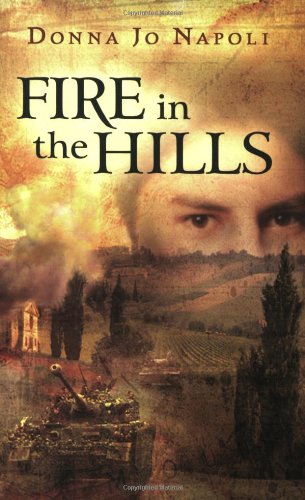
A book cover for Fire in the Hills; Donna Jo Napoli; Teen & Young Adult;